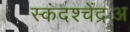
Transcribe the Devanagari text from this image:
स्कंदश्चेंद्रःअ